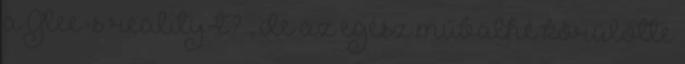
a Glee-s reality-t? , de az egész műbalhé körülötte